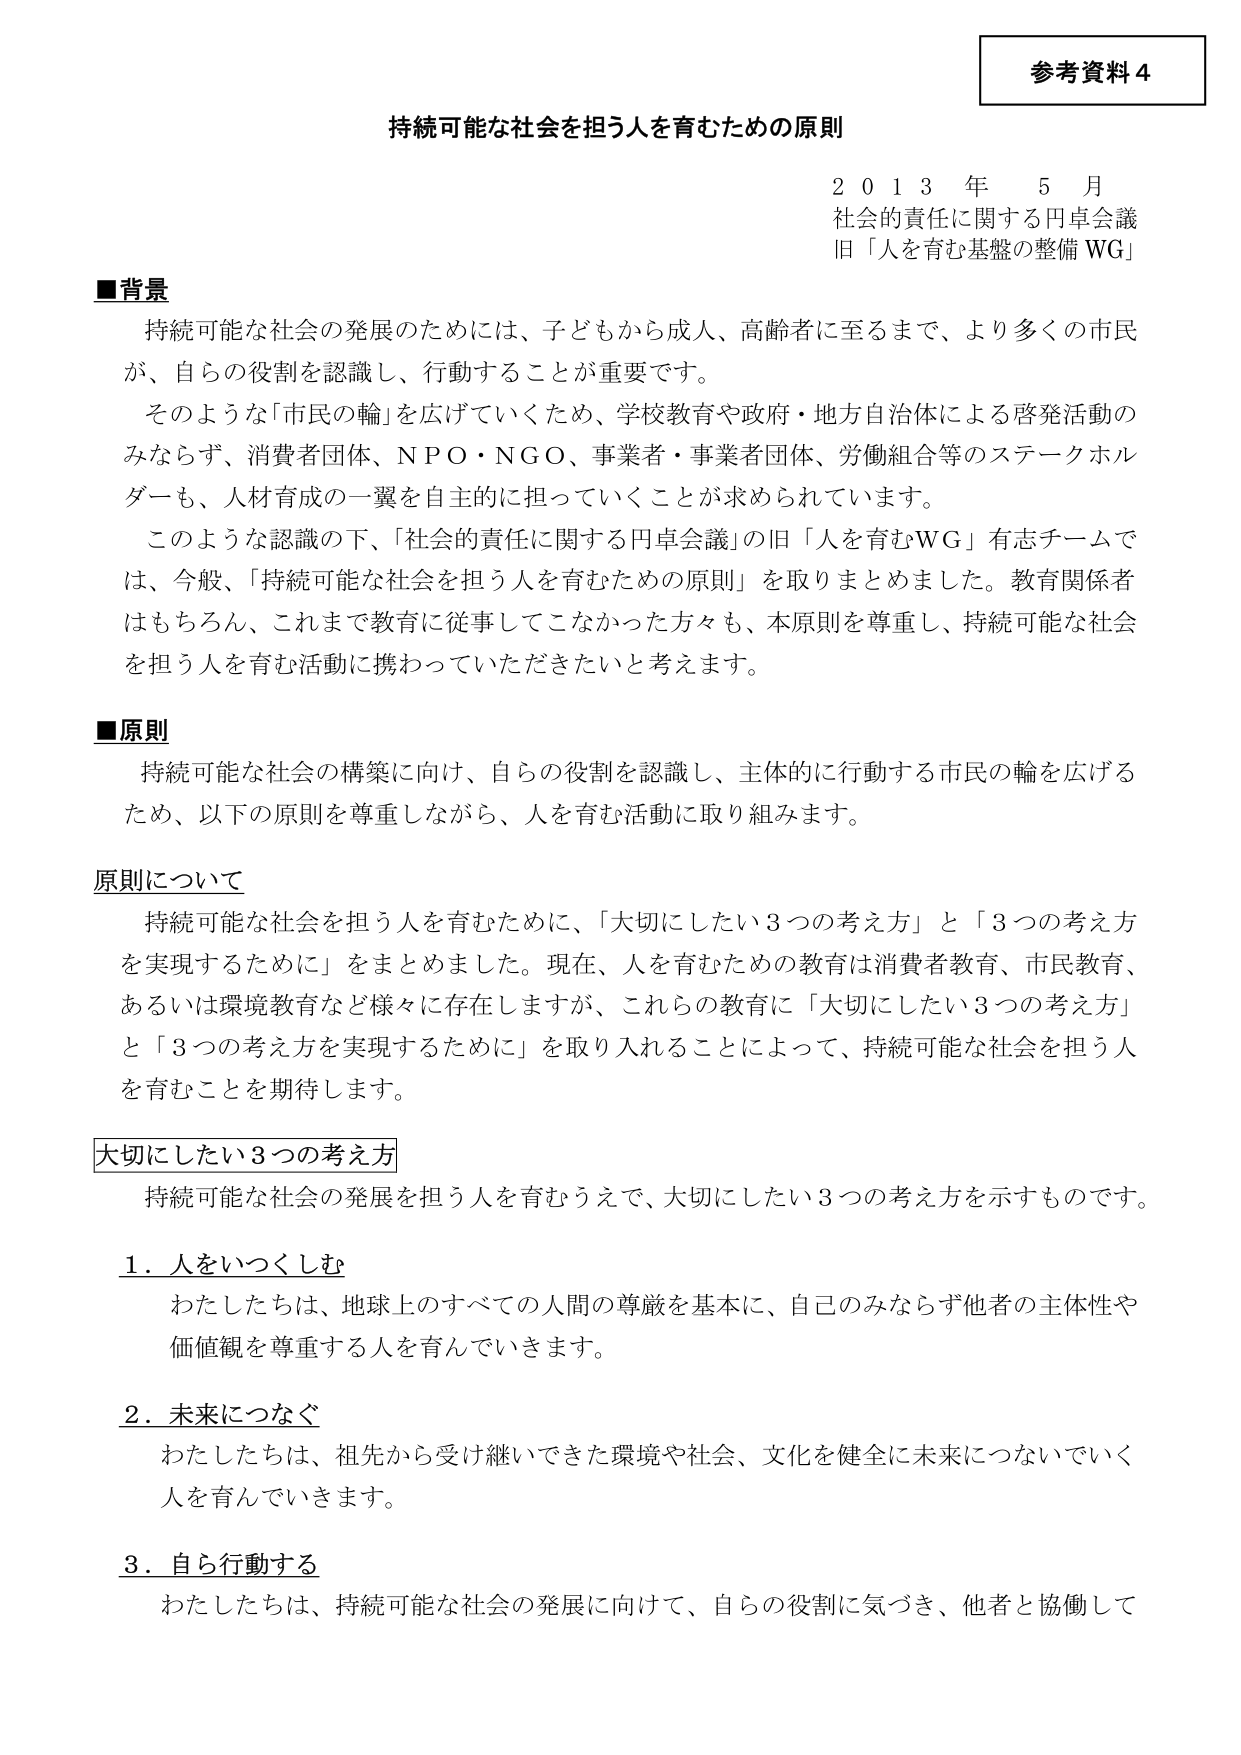
参考資料４

持続可能な社会を担う人を育むための原則

２０１３年５月
社会的責任に関する円卓会議
旧「人を育む基盤の整備WG」

■背景
持続可能な社会の発展のためには、子どもから成人、高齢者に至るまで、より多くの市民が、自らの役割を認識し、行動することが重要です。
そのような「市民の輪」を広げていくため、学校教育や政府・地方自治体による啓発活動のみならず、消費者団体、NPO・NGO、事業者・事業者団体、労働組合等のステークホルダーも、人材育成の一翼を自主的に担っていくことが求められています。
このような認識の下、「社会的責任に関する円卓会議」の旧「人を育むWG」有志チームでは、今般、「持続可能な社会を担う人を育むための原則」を取りまとめました。教育関係者はもちろん、これまで教育に従事してこなかった方々も、本原則を尊重し、持続可能な社会を担う人を育む活動に携わっていただきたいと考えます。

■原則
持続可能な社会の構築に向け、自らの役割を認識し、主体的に行動する市民の輪を広げるため、以下の原則を尊重しながら、人を育む活動に取り組みます。

原則について
持続可能な社会を担う人を育むために、「大切にしたい３つの考え方」と「３つの考え方を実現するために」をまとめました。現在、人を育むための教育は消費者教育、市民教育、あるいは環境教育など様々に存在しますが、これらの教育に「大切にしたい３つの考え方」と「３つの考え方を実現するために」を取り入れることによって、持続可能な社会を担う人を育むことを期待します。

大切にしたい３つの考え方
持続可能な社会の発展を担う人を育むうえで、大切にしたい３つの考え方を示すものです。

１．人をいつくしむ
わたしたちは、地球上のすべての人間の尊厳を基本に、自己のみならず他者の主体性や価値観を尊重する人を育んでいきます。

２．未来につなぐ
わたしたちは、祖先から受け継いできた環境や社会、文化を健全に未来につないでいく人を育んでいきます。

３．自ら行動する
わたしたちは、持続可能な社会の発展に向けて、自らの役割に気づき、他者と協働して